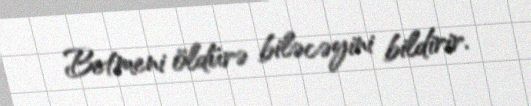
Betmeni öldürə biləcəyini bildirir.